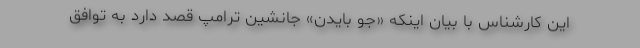
این کارشناس با بیان اینکه «جو بایدن» جانشین ترامپ قصد دارد به توافق